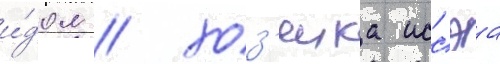
и́дол / хоз'яика иссэа